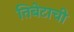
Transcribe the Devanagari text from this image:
तिबेटाची